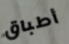
أطباق